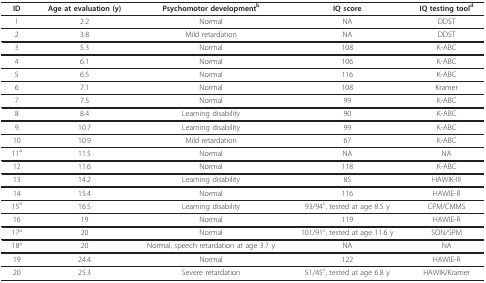
| ID | Age at evaluation (y) | Psychomotor developmentb | IQ score | IQ testing toold |
 | --- | --- | --- | --- | --- |
 | 1 | 2.2 | Normal | NA | DDST |
 | 2 | 3.8 | Mild retardation | NA | DDST |
 | 3 | 5.3 | Normal | 108 | K-ABC |
 | 4 | 6.1 | Normal | 106 | K-ABC |
 | 5 | 6.5 | Normal | 116 | K-ABC |
 | 6 | 7.1 | Normal | 108 | Kramer |
 | 7 | 7.5 | Normal | 99 | K-ABC |
 | 8 | 8.4 | Learning disability | 90 | K-ABC |
 | 9 | 10.7 | Learning disability | 99 | K-ABC |
 | 10 | 10.9 | Mild retardation | 67 | K-ABC |
 | 11a | 11.5 | Normal | NA | NA |
 | 12 | 11.6 | Normal | 118 | K-ABC |
 | 13 | 14.2 | Learning disability | 85 | HAWIK-III |
 | 14 | 15.4 | Normal | 116 | HAWIE-R |
 | 15a | 16.5 | Learning disability | 93/94c, tested at age 8.5 y | CPM/CMMS |
 | 16 | 19 | Normal | 119 | HAWIE-R |
 | 17a | 20 | Normal | 101/91c, tested at age 11.6 y | SON/SPM |
 | 18a | 20 | Normal, speech retardation at age 3.7 y | NA | NA |
 | 19 | 24.4 | Normal | 122 | HAWIE-R |
 | 20 | 25.3 | Severe retardation | 51/45c, tested at age 6.8 y | HAWIK/Kramer |